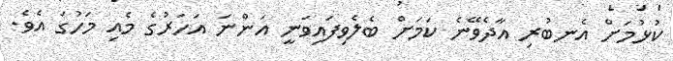
ކުޅުމަށް އެނބުރި އާދެވޭނެ ކަމަށް ބެލެވިފައިވަނީ އަންނަ އަހަރުގެ މެއި މަހުގަ އެވެ.